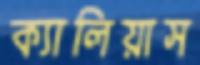
ক্যালিয়াস